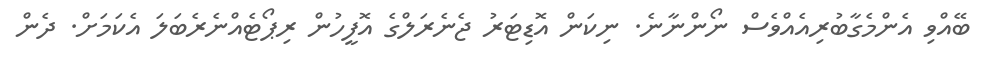
ބޭއްވި އެންމެގާބުރިއެއްވެސް ނޯންނާނެ. ނިކަން އޮޑިޓަރު ޖެނެރަލްގެ އޮފީހުން ރިޕޯޓެއްނެރެބަލަ އެކަމަށް. ދެން